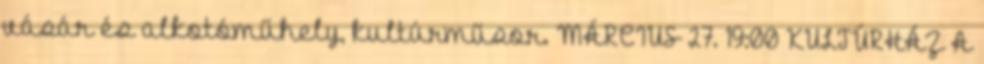
vásár és alkotóműhely, kultúrműsor. MÁRCIUS 27. 19:00 KULTÚRHÁZ A